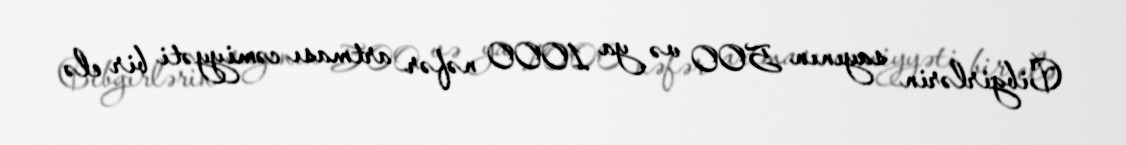
Cibgirlərin sayının 500 və ya 1000 nəfər artması cəmiyyəti bir elə